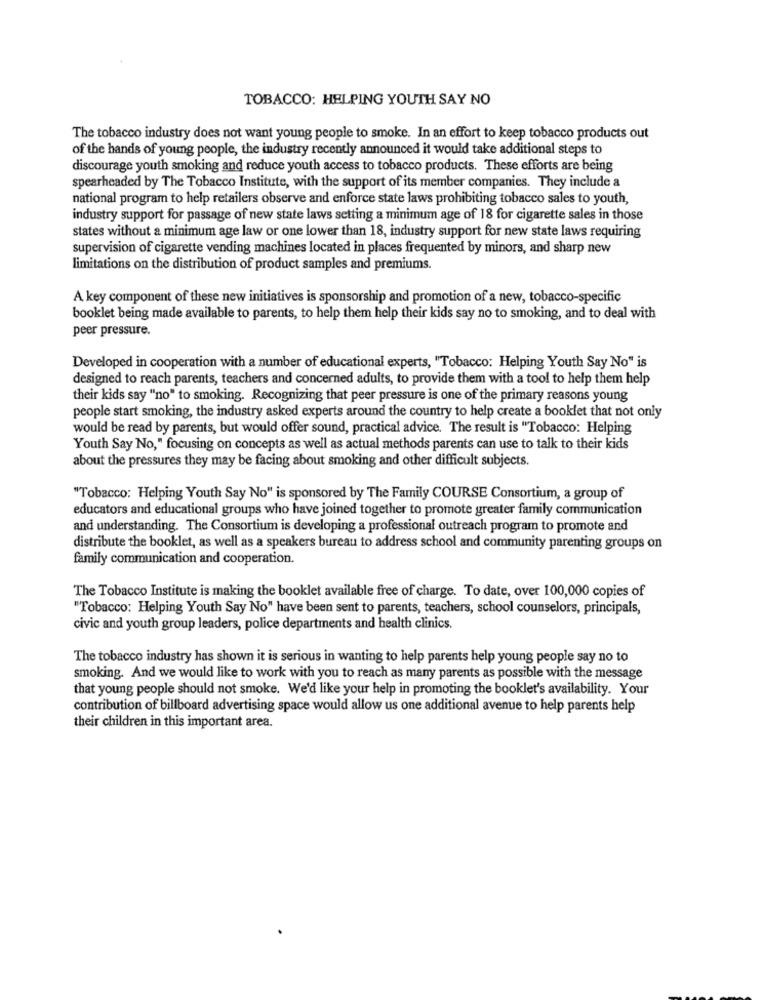
TOBACCO: HELPING YOUTH SAY NO
The tobacco industry does not want young people to smoke. In an effort to keep tobacco products out
of the hands of young people, the industry recently announced it would take additional steps to
discourage youth smoking and reduce youth access to tobacco products. These efforts are being
spearheaded by The Tobacco Institute, with the support of its member companies. They include a
national program to help retailers observe and enforce state laws prohibiting tobacco sales to youth,
industry support for passage of new state laws setting a minimum age of 18 for cigarette sales in those
states without a minimum age law or one lower than 18, industry support for new state laws requiring
supervision of cigarette vending machines located in places frequented by minors, and sharp new
limitations on the distribution of product samples and premiums.
A key component of these new initiatives is sponsorship and promotion of a new, tobacco-specific
booklet being made available to parents, to help them help their kids say no to smoking, and to deal with
peer pressure.
Developed in cooperation with a number of educational experts, "Tobacco: Helping Youth Say No" is
designed to reach parents, teachers and concerned adults, to provide them with a tool to help them help
their kids say "no" to smoking. Recognizing that peer pressure is one of the primary reasons young
people start smoking, the industry asked experts around the country to help create a booklet that not only
would be read by parents, but would offer sound, practical advice. The result is "Tobacco: Helping
Youth Say No," focusing on concepts as well as actual methods parents can use to talk to their kids
about the pressures they may be facing about smoking and other difficult subjects.
"Tobacco: Helping Youth Say No" is sponsored by The Family COURSE Consortium, a group of
educators and educational groups who have joined together to promote greater family communication
and understanding. The Consortium is developing a professional outreach program to promote and
distribute the booklet, as well as a speakers bureau to address school and community parenting groups on
family communication and cooperation.
The Tobacco Institute is making the booklet available free of charge. To date, over 100,000 copies of
""Tobacco: Helping Youth Say No" have been sent to parents, teachers, school counselors, principals,
civic and youth group leaders, police departments and health clinics.
The tobacco industry has shown it is serious in wanting to help parents help young people say no to
smoking. And we would like to work with you to reach as many parents as possible with the message
that young people should not smoke. We'd like your help in promoting the booklet's availability. Your
contribution of billboard advertising space would allow us one additional avenue to help parents help
their children in this important area.